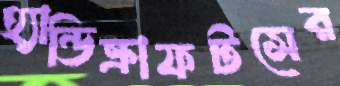
হ্যান্ডিক্রাফটসের